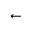
\leftarrow